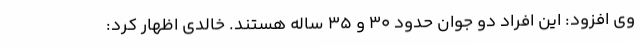
وی افزود: این افراد دو جوان حدود ٣٠ و ٣۵ ساله هستند. خالدی اظهار کرد: